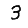
Digit: 3